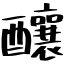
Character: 釀